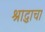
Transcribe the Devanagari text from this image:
श्राद्धाचा